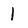
Character: 1